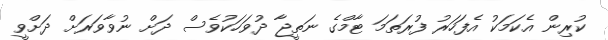
ކުރިން އެކަމަކު އެފަހަރު ފުރަތަމަ ޓާމްގެ ނަތީޖާ ދުވަހަކުވެސް ދަށް ނުވާވަރަށް ދަށްވީ